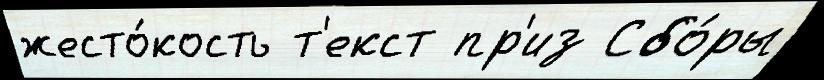
жесто́кость т'екст пр'из Сбо́ры